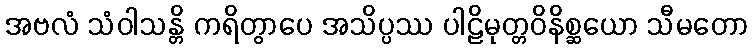
အဗလံ သံဝါသန္တိ ကရိတွာပေ အသိပ္ပဿ ပါဠိမုတ္တဝိနိစ္ဆယော သီမတော